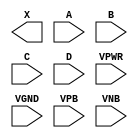
module sky130_fd_sc_hd__and4 (
    X   ,
    A   ,
    B   ,
    C   ,
    D   ,
    VPWR,
    VGND,
    VPB ,
    VNB
);

    output X   ;
    input  A   ;
    input  B   ;
    input  C   ;
    input  D   ;
    input  VPWR;
    input  VGND;
    input  VPB ;
    input  VNB ;
endmodule